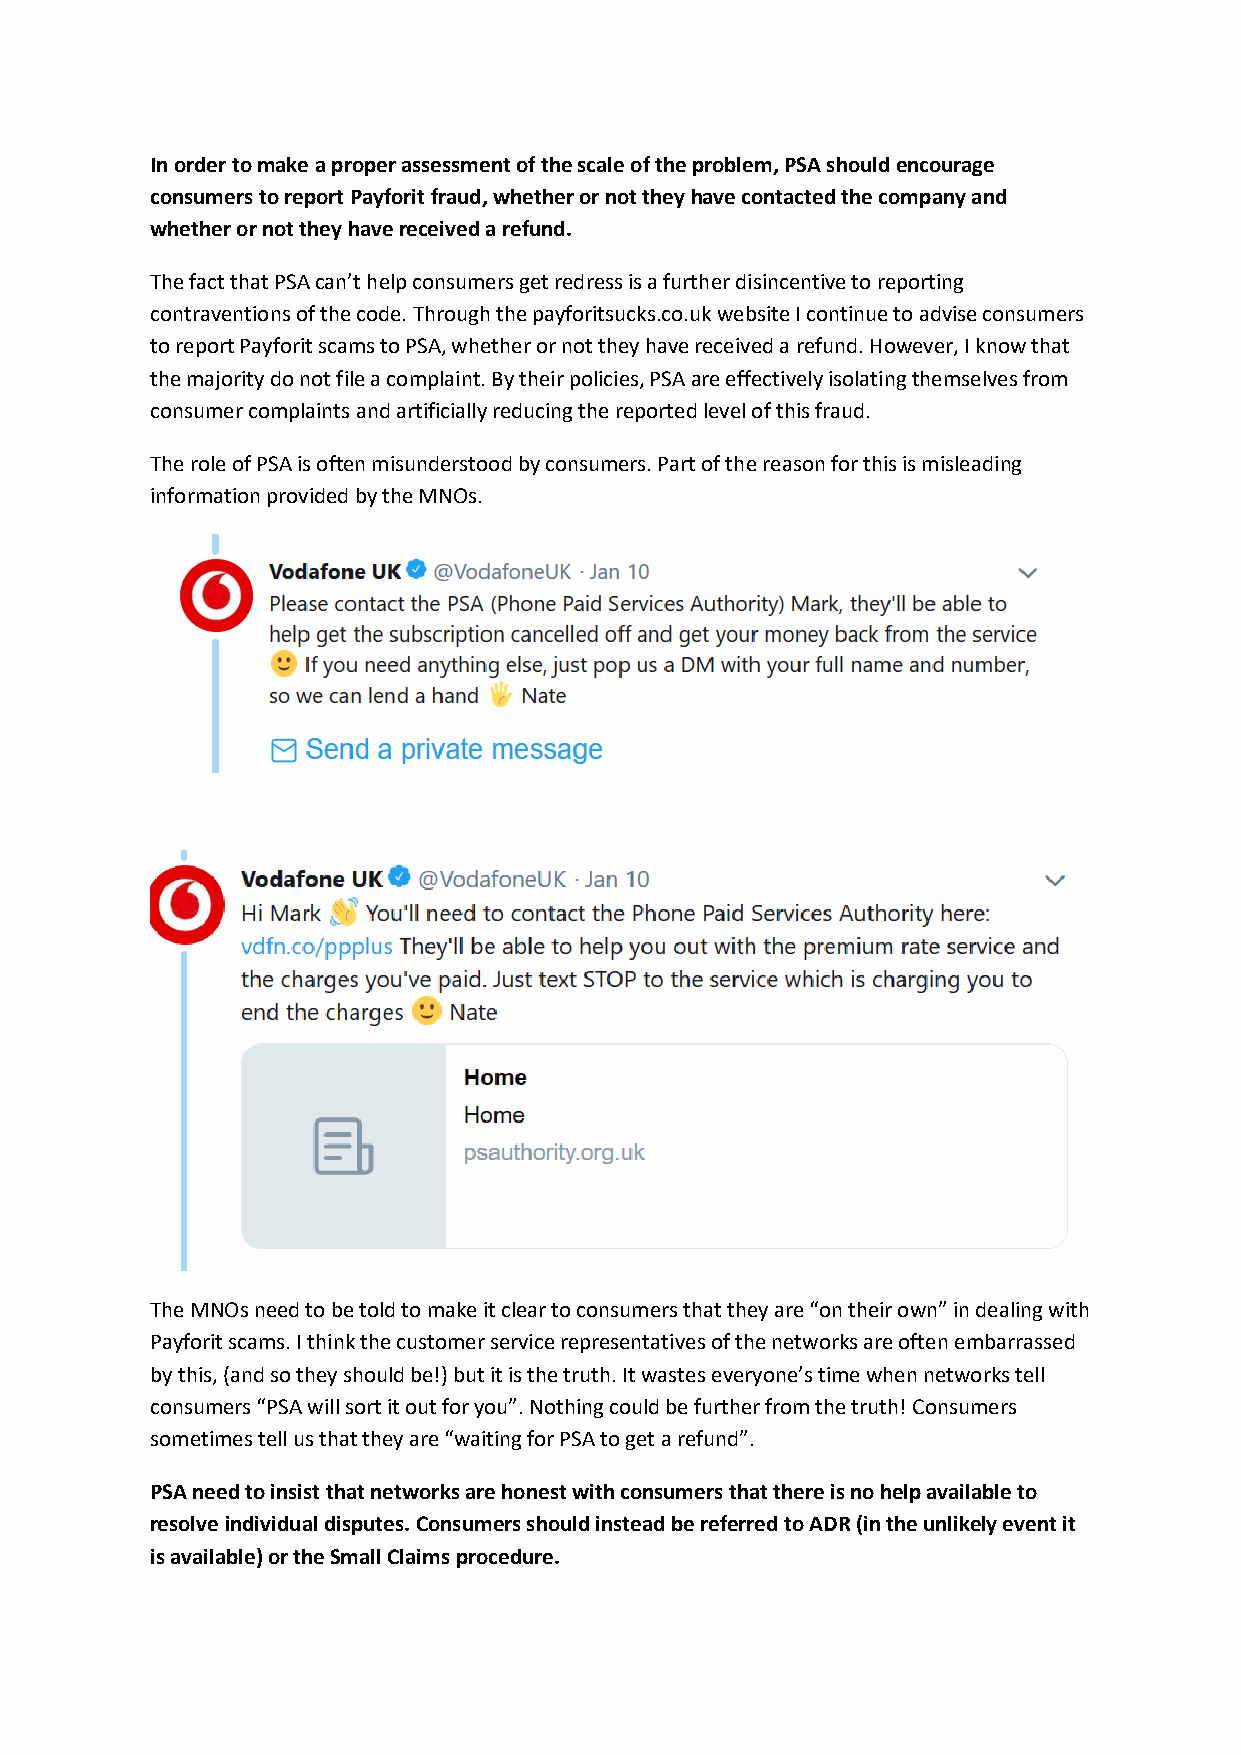
In order to make a proper assessment of the scale of the problem, PSA should encourage
 consumers to report Payforit fraud, whether or not they have contacted the company and
 whether or not they have received a refund.
 The fact that PSA can’t help consumers get redress is a further disincentive to reporting
 contraventions of the code. Through the payforitsucks.co.uk website I continue to advise consumers
 to report Payforit scams to PSA, whether or not they have received a refund. However, I know that
 the majority do not file a complaint. By their policies, PSA are effectively isolating themselves from
 consumer complaints and artificially reducing the reported level of this fraud.
 The role of PSA is often misunderstood by consumers. Part of the reason for this is misleading
 information provided by the MNOs.
 The MNOs need to be told to make it clear to consumers that they are “on their own” in dealing with
 Payforit scams. I think the customer service representatives of the networks are often embarrassed
 by this, (and so they should be!) but it is the truth. It wastes everyone’s time when networks tell
 consumers “PSA will sort it out for you”. Nothing could be further from the truth! Consumers
 sometimes tell us that they are “waiting for PSA to get a refund”.
 PSA need to insist that networks are honest with consumers that there is no help available to
 resolve individual disputes. Consumers should instead be referred to ADR (in the unlikely event it
 is available) or the Small Claims procedure.